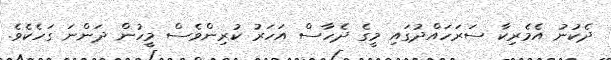
ދެކުނު އެމެރިކާ ސަރަހައްދުގައި މީގެ ދެހާސް އަހަރު ކުރިންވެސް މީހުން ދަންނަ ގަހެކެވެ.